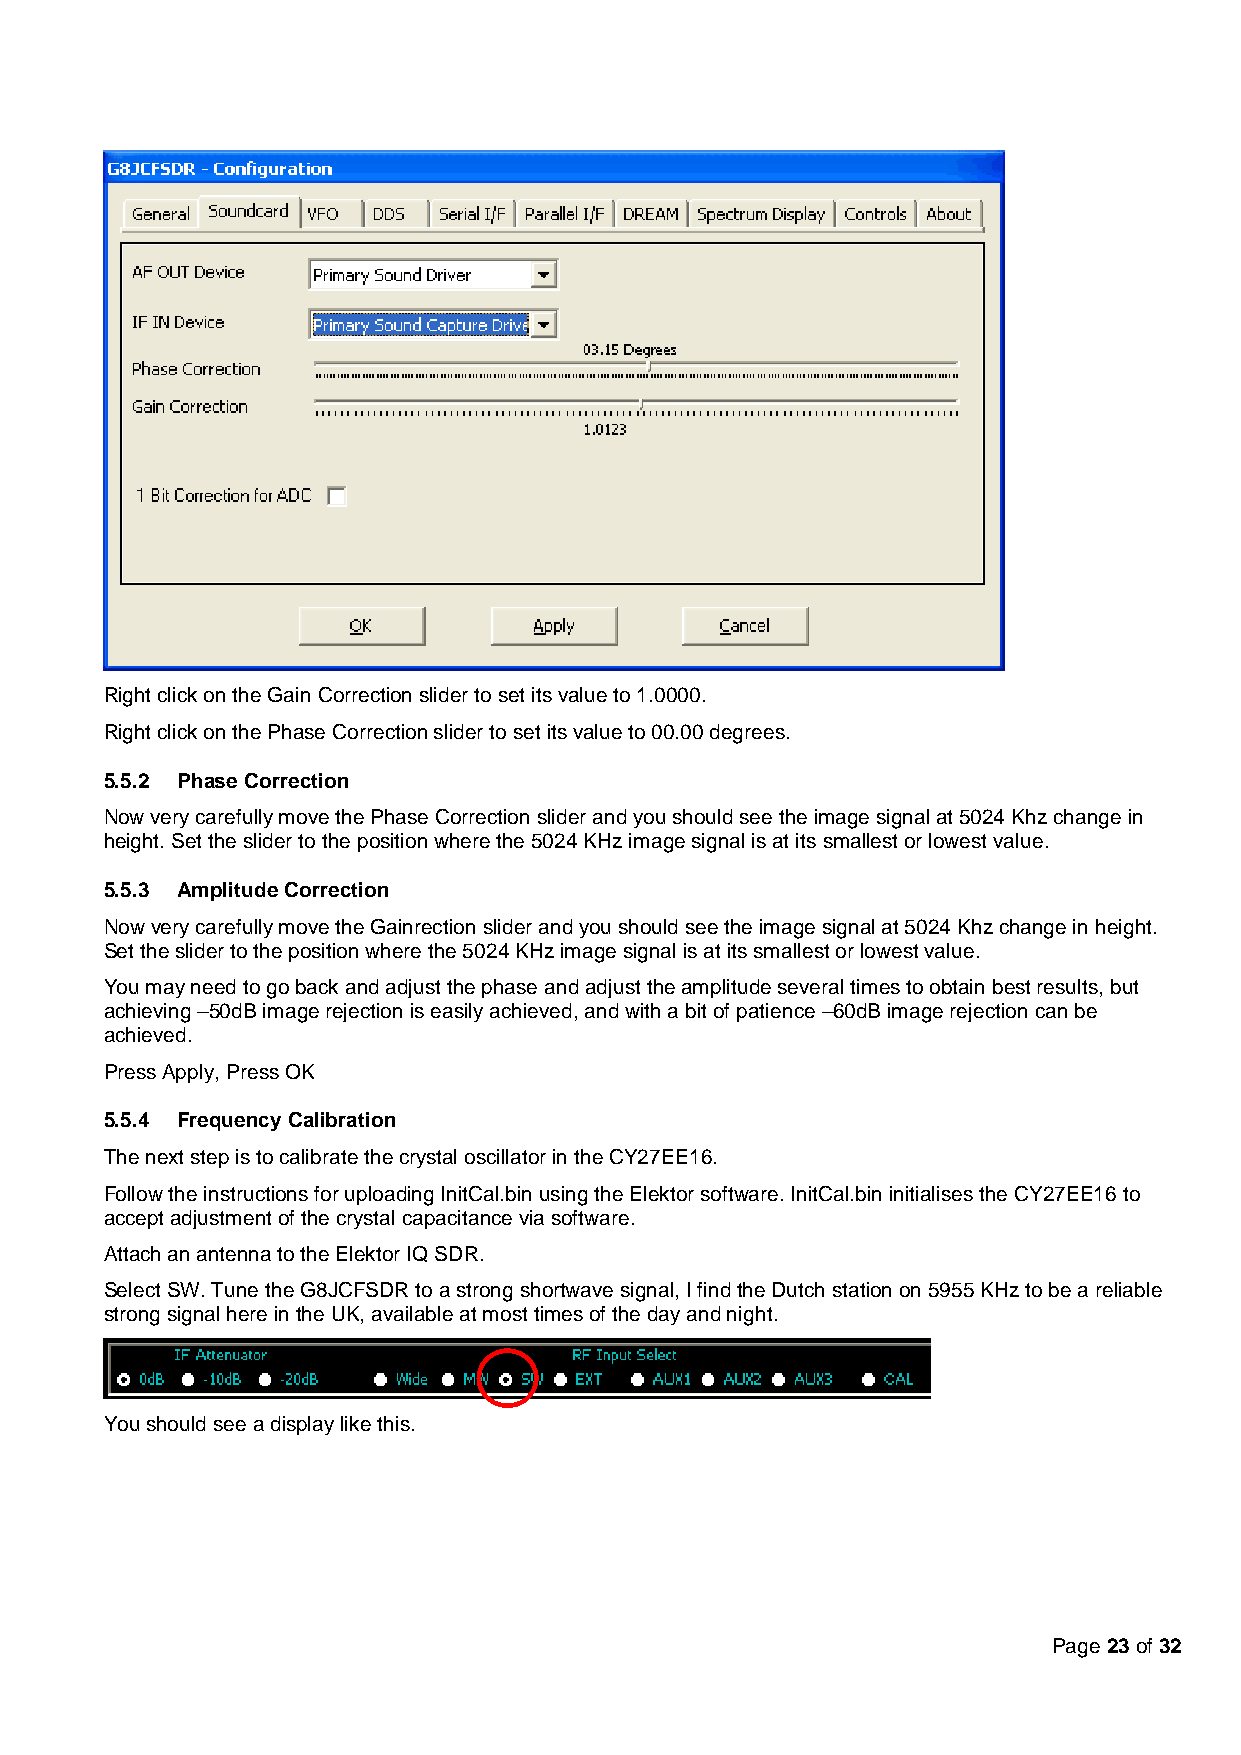
Right click on the Gain Correction slider to set its value to 1.0000.
 Right click on the Phase Correction slider to set its value to 00.00 degrees.
 5.5.2 Phase Correction
 Now very carefully move the Phase Correction slider and you should see the image signal at 5024 Khz change in
 height. Set the slider to the position where the 5024 KHz image signal is at its smallest or lowest value.
 5.5.3 Amplitude Correction
 Now very carefully move the Gainrection slider and you should see the image signal at 5024 Khz change in height.
 Set the slider to the position where the 5024 KHz image signal is at its smallest or lowest value.
 You may need to go back and adjust the phase and adjust the amplitude several times to obtain best results, but
 achieving –50dB image rejection is easily achieved, and with a bit of patience –60dB image rejection can be
 achieved.
 Press Apply, Press OK
 5.5.4 Frequency Calibration
 The next step is to calibrate the crystal oscillator in the CY27EE16.
 Follow the instructions for uploading InitCal.bin using the Elektor software. InitCal.bin initialises the CY27EE16 to
 accept adjustment of the crystal capacitance via software.
 Attach an antenna to the Elektor IQ SDR.
 Select SW. Tune the G8JCFSDR to a strong shortwave signal, I find the Dutch station on 5955 KHz to be a reliable
 strong signal here in the UK, available at most times of the day and night.
 You should see a display like this.
 Page 23 of 32